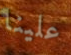
علينا